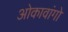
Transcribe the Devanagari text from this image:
ओकावांगो